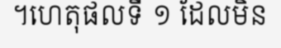
។ហេតុផលទី ១ ដែលមិន